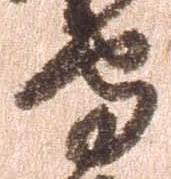
守